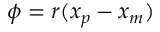
\phi = r ( x _ { p } - x _ { m } )